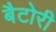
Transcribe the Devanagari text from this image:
बैटोरी